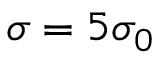
\sigma = 5 \sigma _ { 0 }